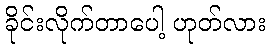
ခိုင်းလိုက်တာပေါ့ ဟုတ်လား